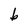
Character: b